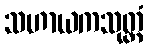
သဟာယကသုတ္တံ